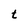
Character: t